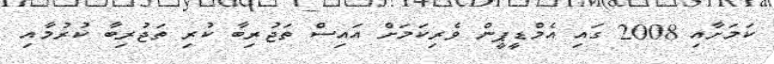
ކަމަށާއި 2008 ގައި އެމްޑީޕީން ވެރިކަމަށް އައިސް ތަޖުރިބާ ކުރި ތަޖުރިބާ ކުރުމާއި